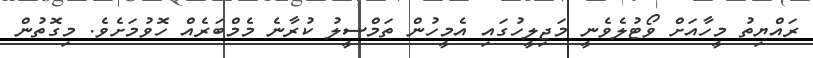
ރައްޔިތު މީހާއަށް ވޯޓުލެވެނީ މަޖިލީހުގައި އެމީހުން ތަމްސީލު ކުރާނެ މެމްބަރެއް ހޮވުމަށެވެ. މިގޮތުން